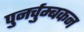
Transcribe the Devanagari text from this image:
पुनर्चुम्बकन